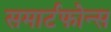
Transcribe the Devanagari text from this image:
समार्टफोन्स